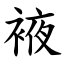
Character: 䘸